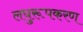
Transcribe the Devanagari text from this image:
लघुरूपकरण